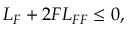
{ \cal L } _ { \cal F } + 2 { \cal F } { \cal L } _ { { \cal F } { \cal F } } \leq 0 ,